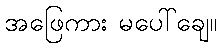
အဖြေကား မပေါ်ချေ။